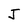
Character: J